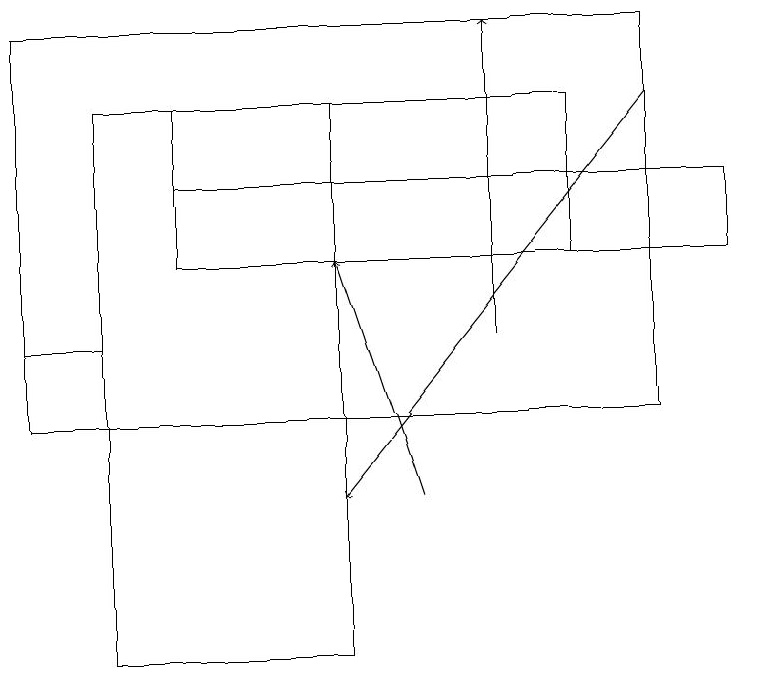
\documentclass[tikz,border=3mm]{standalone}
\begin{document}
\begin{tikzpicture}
\draw[->] (6,14) -- (6,18);
\draw[->] (8,17) -- (4,12);
\draw (2,16) rectangle (9,15);
\draw (8,18) rectangle (0,13);
\draw[->] (5,12) -- (4,15);
\draw (1,13) rectangle (0,14);
\draw (2,17) rectangle (7,15);
\draw (4,17) rectangle (1,10);
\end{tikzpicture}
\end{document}